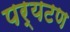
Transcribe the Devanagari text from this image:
पर्यटण